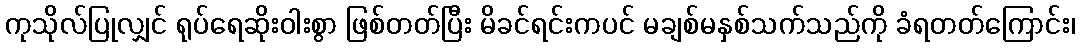
ကုသိုလ်ပြုလျှင် ရုပ်ရေဆိုးဝါးစွာ ဖြစ်တတ်ပြီး မိခင်ရင်းကပင် မချစ်မနှစ်သက်သည်ကို ခံရတတ်ကြောင်း၊